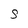
Character: 5